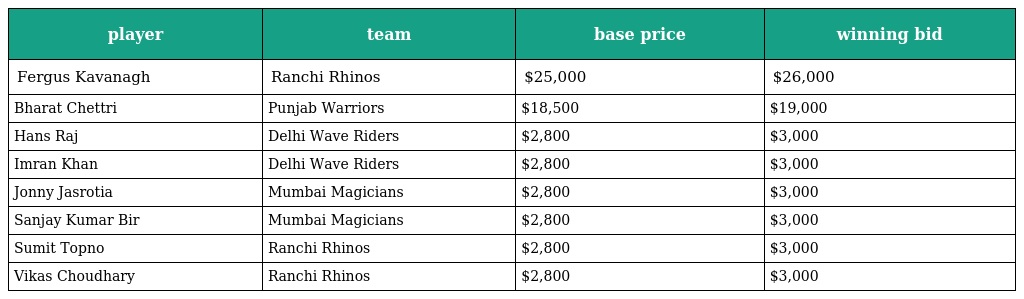
| player | team | base price | winning bid |
 | --- | --- | --- | --- |
 | Fergus Kavanagh | Ranchi Rhinos | $25,000 | $26,000 |
 | Bharat Chettri | Punjab Warriors | $18,500 | $19,000 |
 | Hans Raj | Delhi Wave Riders | $2,800 | $3,000 |
 | Imran Khan | Delhi Wave Riders | $2,800 | $3,000 |
 | Jonny Jasrotia | Mumbai Magicians | $2,800 | $3,000 |
 | Sanjay Kumar Bir | Mumbai Magicians | $2,800 | $3,000 |
 | Sumit Topno | Ranchi Rhinos | $2,800 | $3,000 |
 | Vikas Choudhary | Ranchi Rhinos | $2,800 | $3,000 |